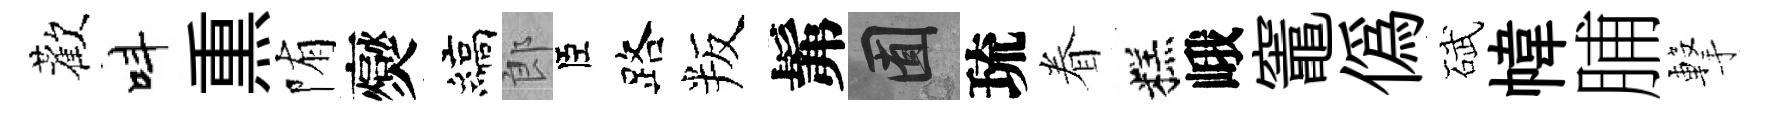
歡呌𤋱陏爕縞郎臣路叛髴囿琉眷糕峨竈僞碔幃脯撃